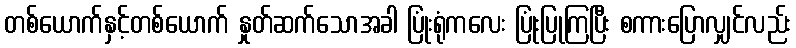
တစ်ယောက်နှင့်တစ်ယောက် နှုတ်ဆက်သောအခါ ပြုံးရုံကလေး ပြုံးပြုကြပြီး စကားပြောလျှင်လည်း